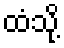
ထံသို့